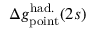
\Delta { g } _ { \mathrm { p o i n t } } ^ { \mathrm { h a d . } } ( 2 s )